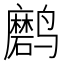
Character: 𲎉